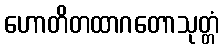
ဟောတိတထာဂတောသုတ္တံ